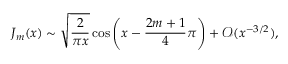
J _ { m } ( x ) \sim \sqrt { \frac { 2 } { \pi x } } \cos \left( x - \frac { 2 m + 1 } { 4 } \pi \right) + \mathcal { O } ( x ^ { - 3 / 2 } ) ,